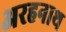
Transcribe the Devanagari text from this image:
अरहनाथ